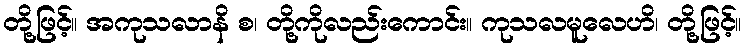
တို့ဖြင့်။ အကုသလာနိ စ၊ တို့ကိုလည်းကောင်း။ ကုသလမူလေဟိ၊ တို့ဖြင့်။